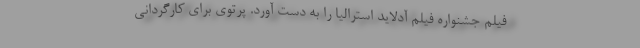
فیلم جشنواره فیلم آدلاید استرالیا را به دست آورد. پرتوی برای کارگردانی